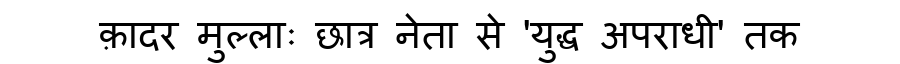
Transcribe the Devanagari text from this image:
क़ादर मुल्लाः छात्र नेता से 'युद्ध अपराधी' तक